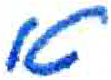
אות: א